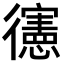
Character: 𢖘